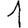
Digit: 1